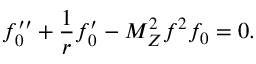
f _ { 0 } ^ { \prime \prime } + \frac 1 r f _ { 0 } ^ { \prime } - M _ { Z } ^ { 2 } f ^ { 2 } f _ { 0 } = 0 .